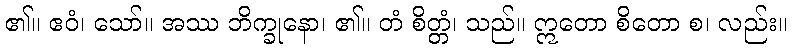
၏။ ဧဝံ၊ သော်။ အဿ ဘိက္ခုနော၊ ၏။ တံ စိတ္တံ၊ သည်။ ဣတော စိတော စ၊ လည်း။